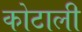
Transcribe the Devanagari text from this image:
कोटाली